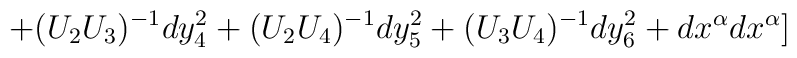
+(U_2U_3)^{-1}dy_4^2+(U_2U_4)^{-1}dy_5^2+(U_3U_4)^{-1}dy_6^2+dx^{\alpha}dx^{\alpha}]